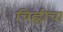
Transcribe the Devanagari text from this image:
चिह्लीचा